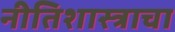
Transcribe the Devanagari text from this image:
नीतिशास्त्राचा